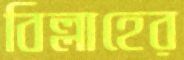
বিল্লাহের